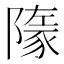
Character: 𧱞